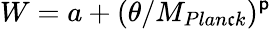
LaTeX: W=a+(\theta/M_{Plan\mathfrak{c}k})^{\mathsf{p}}